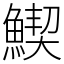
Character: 䱮